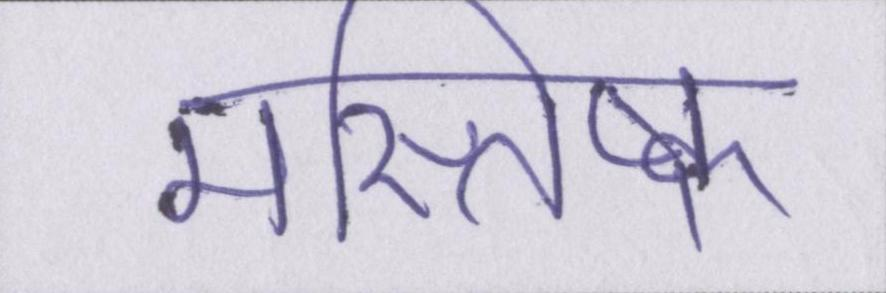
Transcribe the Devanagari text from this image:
मस्तिष्क